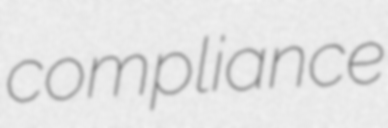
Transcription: compliance